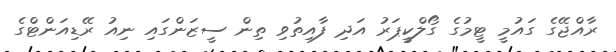
ރާއްޖޭގެ ގައުމީ ޓީމުގެ ގޯލްކީޕަރު އަދި ފާއިތުވި ތިން ސީޒަންގައި ނިއު ރޭޑިއަންޓްގެ